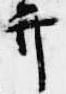
弁